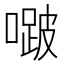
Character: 𭊱